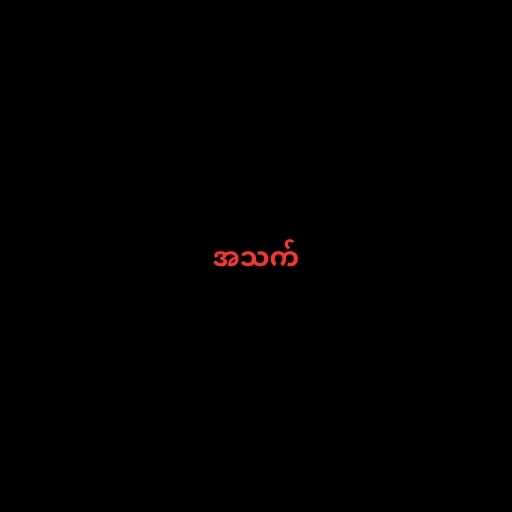
အသက်